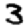
Digit: 3